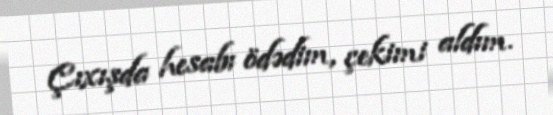
Çıxışda hesabı ödədim, çekimi aldım.